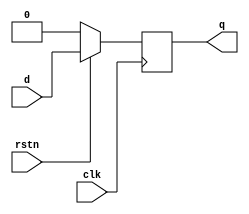
module dff ( input d,
            rstn,
            clk,
            output q);
  reg q;
  
  always @ (posedge clk) begin
    if(!rstn)
      q<=0;
    else
      q<=d;
  end
endmodule